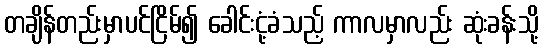
တချိန်တည်းမှာပင်ငြိမ်၍ ခေါင်းငုံ့ခံသည့် ကာလမှာလည်း ဆုံးခန်းသို့